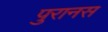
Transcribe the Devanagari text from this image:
पुरानस